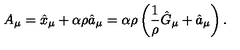
A _ { \mu } = \hat { x } _ { \mu } + \alpha \rho \hat { a } _ { \mu } = \alpha \rho \left( \frac { 1 } { \rho } \hat { G } _ { \mu } + \hat { a } _ { \mu } \right) .